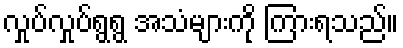
လှုပ်လှုပ်ရွရွ အသံများကို ကြားရသည်။